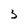
Character: 3